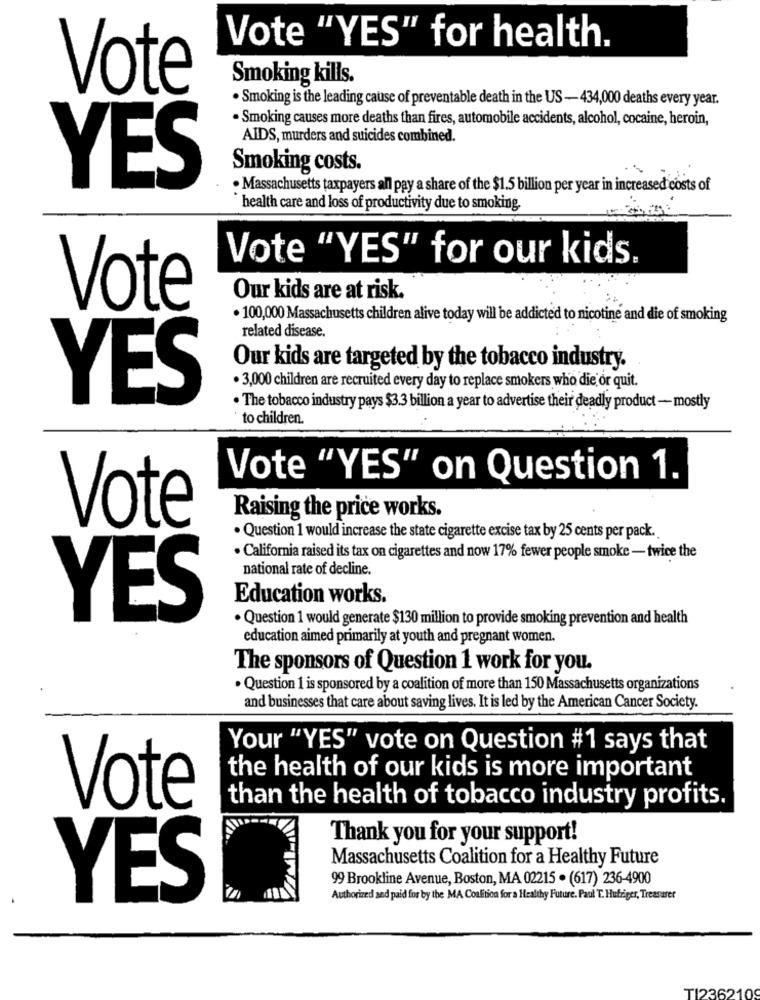
Vote "YES" for health.
Smoking kills.
Vote
·Smoking is the leading cause of preventable death in the US-434,000 deaths every year.
· Smoking causes more deaths than fires, automobile accidents, alcohol, cocaine, heroin,
AIDS, murders and suicides combined.
Smoking costs.
YES
. Massachusetts taxpayers all pay a share of the $1.5 billion per year in increased costs of
health care and loss of productivity due to smoking.
Vote "YES" for our kids.
Our kids are at risk.
Vote
· 100,000 Massachusetts children alive today will be addicted to nicotine and die of smoking
related disease.
Our kids are targeted by the tobacco industry.
· 3,000 children are recruited every day to replace smokers who die or quit.
YES
· The tobacco industry pays $3.3 billion a year to advertise their deadly product -mostly
to children.
Vote "YES" on Question 1.
Raising the price works.
Vote
. Question 1 would increase the state cigarette excise tax by 25 cents per pack.
. California raised its tax on cigarettes and now 17% fewer people smoke - twice the
national rate of decline.
Education works.
YES
. Question 1 would generate $130 million to provide smoking prevention and health
education aimed primarily at youth and pregnant women.
The sponsors of Question 1 work for you.
· Question 1 is sponsored by a coalition of more than 150 Massachusetts organizations
and businesses that care about saving lives. It is led by the American Cancer Society.
Your "YES" vote on Question #1 says that
the health of our kids is more important
Vote
than the health of tobacco industry profits.
Thank you for your support!
Massachusetts Coalition for a Healthy Future
99 Brookline Avenue, Boston, MA 02215 . (617) 236-4900
YES
Authorized and paid for by the MA CouEtion for a Healthy Future. Paul T. Hufriger, Treasurer
TI2362109